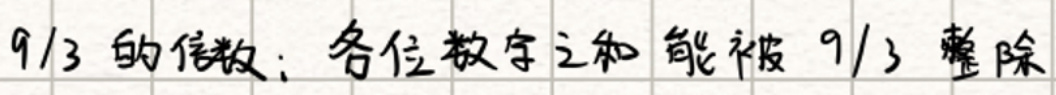
$9/3$的倍数：各位数字之和能被$9/3$整除